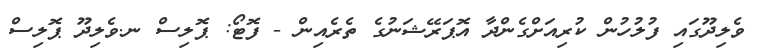
ވެލިދޫގައި ފުލުހުން ކުރިއަށްގެންދާ އޮޕަރޭޝަނުގެ ތެރެއިން - ފޮޓޯ: ޕޮލިސް ނ.ވެލިދޫ ޕޮލިސް